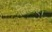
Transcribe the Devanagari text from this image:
दिजिए।